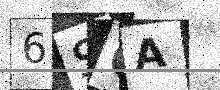
Text: 6SQA